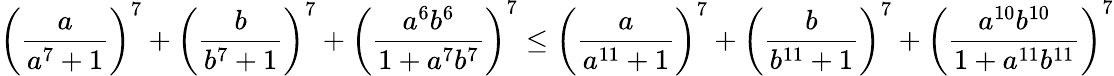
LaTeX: \left(\frac{a}{a^{7}+1}\right)^{7}+\left(\frac{b}{b^{7}+1}\right)^{7}+\left(\frac{a^{6}b^{6}}{1+a^{7}b^{7}}\right)^{7}\leq\left(\frac{a}{a^{11}+1}\right)^{7}+\left(\frac{b}{b^{11}+1}\right)^{7}+\left(\frac{a^{10}b^{10}}{1+a^{11}b^{11}}\right)^{7}